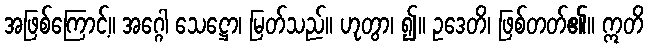
အဖြစ်ကြောင့်။ အဂ္ဂေါ သေဋ္ဌော၊ မြတ်သည်။ ဟုတွာ၊ ၍။ ဥဒေတိ၊ ဖြစ်တတ်၏။ ဣတိ